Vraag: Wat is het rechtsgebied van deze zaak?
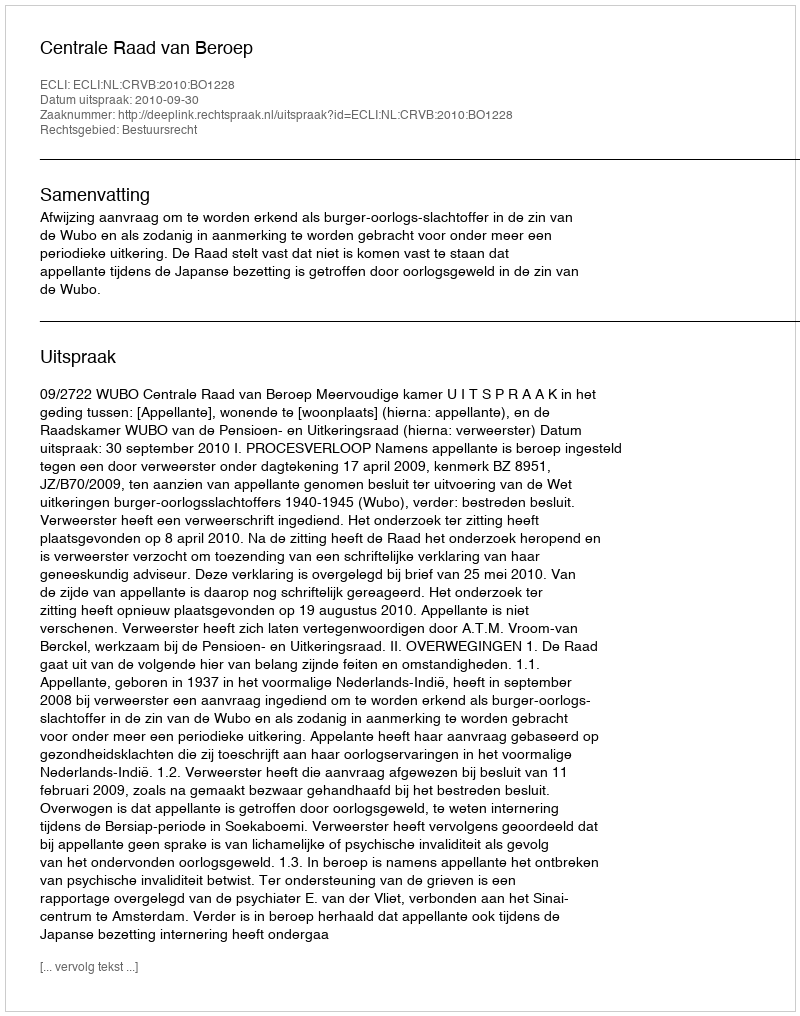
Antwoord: Bestuursrecht